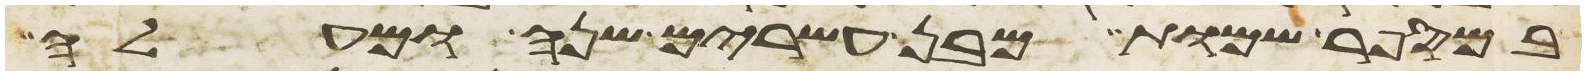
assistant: במספר שמות מבן עשרים שנה ומעלה